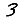
Digit: 3